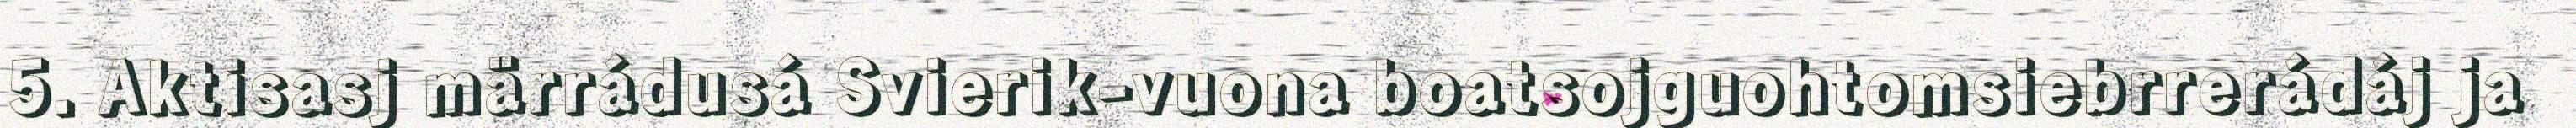
5. Aktisasj märrádusá Svierik-vuona boatsojguohtomsiebrrerádáj ja